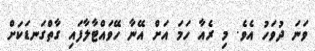
ވަނަ ދުވަހު އެވެ. މި ރެއާ ހަމަ އަށް އޭނާ ހޭވައްޓާލާފައި ގާތްގަނޑަކަށް